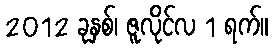
2012 ခုနှစ်၊ ဇူလိုင်လ 1 ရက်။